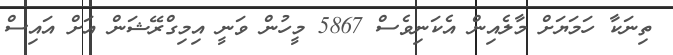
ތިނަކާ ހަމަޔަށް މާލެއިން އެކަނިވެސް 5867 މީހުން ވަނީ އިމިގްރޭޝަން އަށް އައިސް